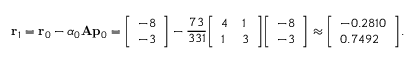
\mathbf { r } _ { 1 } = \mathbf { r } _ { 0 } - \alpha _ { 0 } \mathbf { A } \mathbf { p } _ { 0 } = { \left[ \begin{array} { l } { - 8 } \\ { - 3 } \end{array} \right] } - { \frac { 7 3 } { 3 3 1 } } { \left[ \begin{array} { l l } { 4 } & { 1 } \\ { 1 } & { 3 } \end{array} \right] } { \left[ \begin{array} { l } { - 8 } \\ { - 3 } \end{array} \right] } \approx { \left[ \begin{array} { l } { - 0 . 2 8 1 0 } \\ { 0 . 7 4 9 2 } \end{array} \right] } .